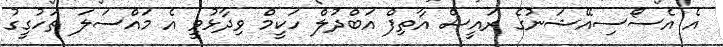
އެ އެސޯސިއޭޝަނުގެ ރައީސް އާތިފް އަބްދުލް ހަކީމް ވިދާޅުވީ އެ މައްސަލަ ތަހުގީގު